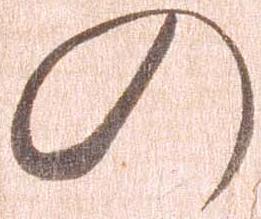
の